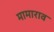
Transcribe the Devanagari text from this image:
मामाराव